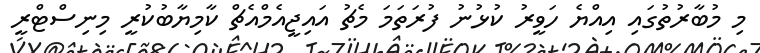
މި މުބާރުތުގައި އިއްޔެ ހަވީރު ކުޅުނު ފުރަތަމަ މެޗު އައިޖީއެމްއެޗް ކާމިޔާބުކުރީ މިނިސްޓްރީ